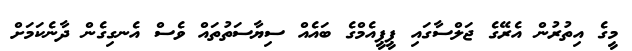
މީގެ އިތުރުން އެރޭގެ ޖަލްސާގައި ޕީޕީއެމްގެ ބައެއް ސިޔާސަތުތައް ވެސް އެނގިގެން ދާނެކަމަށް